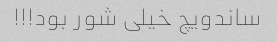
ساندویچ خیلی شور بود!!!